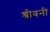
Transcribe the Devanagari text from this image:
श्रीवनी